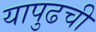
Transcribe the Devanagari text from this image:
यापुढची